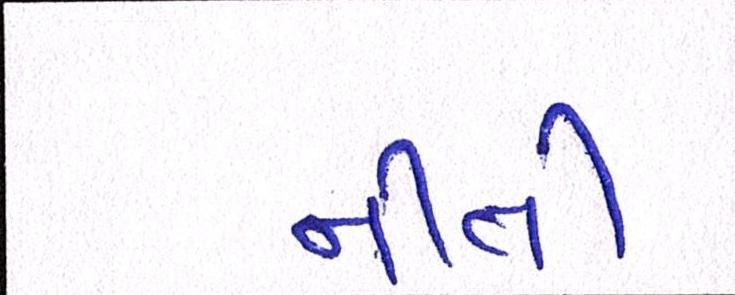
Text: નીતી